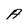
Character: A